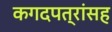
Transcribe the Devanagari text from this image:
कगदपत्रांसह